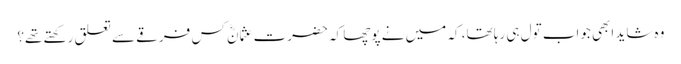
وہ شاید ابھی جواب تول ہی رہا تھا، کہ میں نے پوچھا کہ حضرت عثمانؓ کس فرقے سے تعلق رکھتے تھے؟